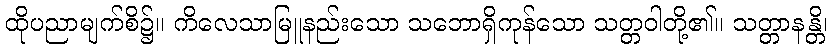
ထိုပညာမျက်စိ၌။ ကိလေသာမြူနည်းသော သဘောရှိကုန်သော သတ္တဝါတို့၏။ သတ္တာနန္တိ၊